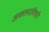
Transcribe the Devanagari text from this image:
आकलनाविषयी